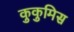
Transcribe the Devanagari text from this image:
कुकुमिस